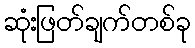
ဆုံးဖြတ်ချက်တစ်ခု